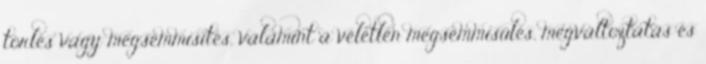
törlés vagy megsemmisítés, valamint a véletlen megsemmisülés, megváltoztatás és